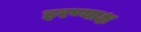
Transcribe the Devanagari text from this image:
इरण्याक्ष